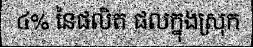
៤% នៃផលិត ផលក្នុងស្រុក